Vital statistics of India. Vol. VI, European troops 1870-79
Year: 1870
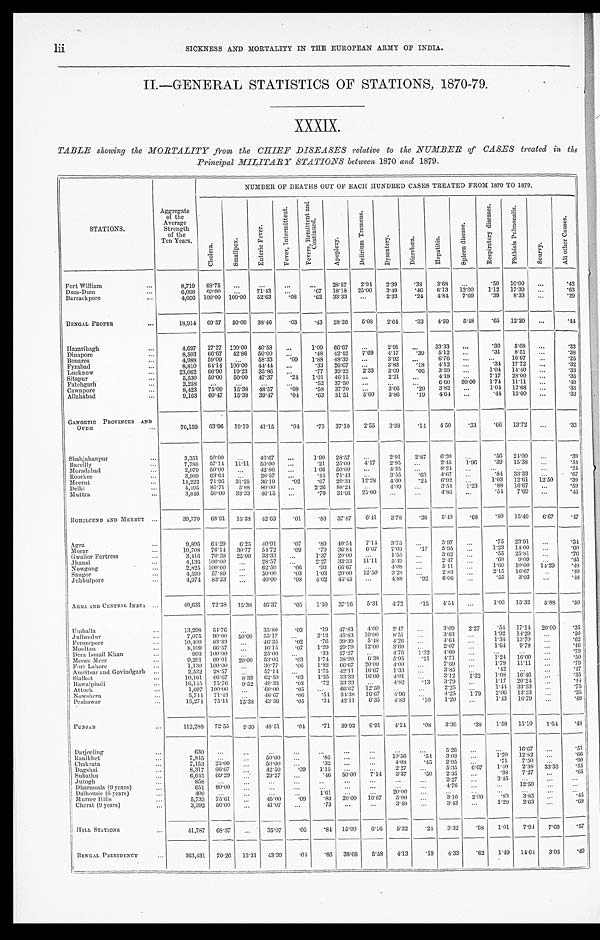
lii
SICKNESS AND MORTALITY IN THE EUROPEAN ARMY OF INDIA.
II.—GENERAL STATISTICS OF STATIONS, 1870-79.
XXXIX.
TABLE showing the MORTALITY from the CHIEF DISEASES relative to the NUMBER of CASES treated in the
Principal MILITARY STATIONS between 1870 and 1879.
STATIONS.
Aggregate
of the
Average
Strength
of the
Ten Years.
NUMBER OF DEATHS OUT OF EACH HUNDRED CASES TREATED FROM 1870 TO 1879.
C h o l e r a .
S m a l l p o x .
E n t e r i c F e v e r .
F e v e r , I n t e r m i t t e n t .
F e v e r s , R e m i t t e n t a n d C o n t i n u e d .
A p o p l e x y .
D e l i r i u m T r e m e n s .
D y s e n t e r y .
D i a r r h œ a .
H e p a t i t i s .
S p l e e n d i s e a s e .
R e s p i r a t o r y d i s e a s e s .
P h t h i s i s d i s e a s e s .
S c u r v y .
A l l o t h e r C a u s e s .
Fort William . . .
8,719
68.75
. . .
. . .
. . .
. . . 28.57
2.94
2.39
.38
3.68
. . .
.50
10.00
. . .
.42
Dum-Dum . . .
6,068
60.00
. . .
71.43
. . .
. 6 7 18.18
25.00
3.49
.46
6.13
12.00
1.12
17.39
. . .
.63
Barrackpore . . .
4,056 100.00 100.00
52.63
. 0 8
. 6 2 33.33
. . .
2.33
.24
4.84
7.69
.39
8.33
. . .
.29
BENGAL PROPER . . .
18,914
69.57
50.00
38.46
. 0 3
. 4 3 28.26
5. 08
2.64
.33
4.59
5.48
.65
12.20
. . .
. 4 4
Hazaribagh. . .
4,697
27.27 100.00
40.58
. . .
1.09
66.67
. . .
2.91
. . .
33.33
. . .
. 3 6
5 . 6 8
. . .
.33
Dinapore . . .
8,503
66.67
42.86
50.00
. . .
.48
42.42
7.69
4.17
.39
5.12
. . .
. 3 1
8 . 5 1
. . .
.38
Benares. . .
4,988
59.09
. . .
58.33
. 0 9 1.88
48.39
. . .
3.92
. . .
6.76
. . .
. . .
1 6 . 6 7
. . .
.25
Fyzabad . . .
8,810
64.14 100.00
44.44
. . .
.33
26.67
. . .
3.83
.18
4.12
. . .
. 3 4
1 7 . 7 2
. . .
. 32
Lucknow . . .
23,062
66.90
19.23
35.86
. . .
.77
39.22
2.33
3.09
.06
3.59
. . .
1.04
14.40
. . .
.33
Sitapur. . .
5,530
50.00
50.00
47.37
.24
1.01
46.15
. . .
2.21
. . .
4.18
. . .
7.17
28.00
. . .
.35
Fatehgarh . . .
2,258
. . .
. . .
. . .
. . .
.52
37.50
. . .
. . .
. . .
6.60
50.00
1.74
11.11
. . .
.49
Cawnpore . . .
8,423
75.00
15.38
48.57
. 0 8
.58
37.70
. . .
3.66
.20
3.82
. . .
1.04
12.68
. . .
.35
Allahabad . . .
9,163
60.47
15.38
39.47
.04
.63
31.51
5.00
3.86
.19
4.64
. . .
.44
15.00
. . .
.33
GANGETICPROVINCESAND
OUDH. . .
76,159
63.96
19.19
41.15
.04
.73
37.10
2.55
3.38
.14
4.50
.33
.66
13.72
. . .
.33
Shahjahanpur . . .
3,351
50.00
. . .
46.67
. . .
1.90
28.57
. . .
2.91
2.87
6.20
. . .
. 5 6 24.00
. . .
.39
Barcilly . . .
7,788
57.14
11.11
50.00
. . .
.21
25.00
4. 17
2.95
. . .
2.45
1.96
. 3 9 15.38
. . .
.54
Moradabad . . .
2,079
50.00
. . .
42.86
. . .
1.66
50.00
. . .
4.35
. . .
8.24
. . .
. . .
. . .
. . .
.24
Roorkee . . .
3,989
63.64
. . .
28.57
. . .
.44
71.43
. . .
3.55
.63
4.67
. . .
. 8 4 33.33
. . .
.67
Meerut . . .
14,222
71.95
31.25
36.19
.02
.67
29.33
12.28
4 . 6 0
.24
6 . 9 2
. . .
1.03
12.61
12.50
.39
Delhi . . .
4,495
85.71
5.88
80.00
. . .
2.26
88.24
. . .
4 . 0 9
. . .
3.54
1.23
. 8 8 16.67
. . .
.59
Muttra . . .
3,846
50.00
33.33
46.15
. . .
.70
31.91
25.00
. . .
. . .
4.86
. . .
. 5 4 7.69
. . .
.46
ROHILCUND AND MEERUT. . .
39,770
68.91
15.38
42.63
.01
.83
37.87
6 . 4 1
3.78
.36
5.40
. 6 8
. 8 0 15.49
6.67
.47
Agra . . .
9,896
64.29
6 . 2 5
40.91
.07
.89
40.54
7.14
3.75
. . . 3.97
. . .
.75
2 3 . 9 1
. . .
.34
Morar . . .
10,708
76.14
30.77
54.72
.09
.79
36.84
6. 67
7.03
. 1 7 5.95
. . .
1.23
14.00
. . .
.60
Gwalior Fortress . . .
3,416
70.59
25.00
33.33
. . .
1.37
20.00
. . .
1.55
. . .
3.62
. . .
.55
25.81
. . .
.76
J ha ns i . . .
4,136 100.00
. . .
28.57
. . .
2.27
33.33
11.11
5.49
. . .
2.47
. . .
.68
9.09
. . .
.45
Nowgong . . .
2,825 100.00
. . .
62.50
.06
.93
66.67
. . .
4.08
. . .
5.11
. . .
1.60
10.00
14.29
.48
Saugor . . .
4,590
57.89
. . .
50.00
.03
1.03
20.00
12.50
3.28
. . .
2.83
. . .
2.15
16.67
. . .
.49
Jubbulpore . . .
4,974
83.33
. . .
40.00
.08
4.02
45.45
. . .
4.88
. 9 2 6.06
. . .
.55
3.03
. . .
.48
AGRA AND CENTRAL INDIA. . .
40,631
72.38
15.38
46.37
.05
1.10
37.16
5.31
4 . 7 2
. 1 5 4.54
. . .
1.03
15.32
5.88
.50
Umballla. . .
13,298
54.76
. . .
35.80
.03
. 1 9 47.83
4. 00
2.47
. . .
3.09
2.27
. 5 4 17.14
20.00
.35
Jullundur. . .
7,075
90.00
50.00
55.17
. . .
2.12
45.83
10.00
8.51
. . .
3.63 . . .
1.92
14.29
. . .
.50
Fe r oz e por e . . .
10,400
83.33
. . .
46.35
.02
.76
39.39
5.48
4.26
. . .
4.64
. . .
1.34
13.70
. . .
.62
Mooltan . . .
8,109
66.57
. . .
46.15
.07
1.29
29.79
12.00
3.69
. . .
2.07
. . .
1.64
9. 78
. . .
.46
Dera Ismail Khan . . .
993 100.00
. . .
25.00
. . .
.33
27.27
. . .
4.76
1.32
4.00
. . .
. . .
. . .
. . .
.79
Meean Meer . . .
9,291
69.01
20.00
53.06
.03
1.74
38.20
6.38
5.95
.21
4.71
. . .
1.21
16.00
. . .
.50
Fort Lahore . . .
1,130 100.00
. . .
30.77
.06
1.82
66.67
20.00
4.00
. . .
7.69
. . .
1.79
11.11
. . .
.79
Amritsar and Govindgarh . . .
2,532
28.57
. . .
57.14
. . .
1.75
42.11
16.67
1.33
. . .
3.85
. . .
.42
. . .
. . .
.47
Sialkot . . .
10,161
66.67
8 . 3 3
62.50
.03
1.35
33.33
16.00
4.01
. . .
3.12
1.32
1.08
16.46
. . .
.35
Rawal pi ndi . . .
16,145
75.76
9.52
49.33
.03
.72
33.33
. . .
4.82
.13
3.79
. . .
1.17
20.24
. . .
.44
Attock . . .
1,697 100.00
. . .
60.00
.05
. . .
66.67
12.50
. . .
. . .
2.25
. . .
1.44
33.33
. . .
.75
Nowshera . . .
5,744
71.43
. . .
46.67
. 0 6
. 5 4 34.38
16.67
4.96
. . .
4.25
1.79
2.06
13.33
. . .
.35
Peshawar . . .
15,274
75.11
1 5 . 3 8
43.56
.05
.34
42.11
6. 35
4.83
.10
1.20
. . .
1.43
16.79
. . .
.49
PUNJAB . . .
112,288
72.55
9.30
48.51
.04
.71
39.93
6.91
4.24
. 0 8
3.36
.38
1.58
15.10
1.64
.48
Darjeeling . . .
630
. . .
. . .
. . .
. . .
. . .
. . .
. . .
. . .
. . .
5.26
. . .
. . . 16.67
. . .
. 5 1
Ranikhet . . .
7,845
. . .
. . .
50.00
. . .
.85
. . . . . .
10.56
.54
3.03
. . .
1.70
12.82
. . .
. 6 6
Chakrata . . .
7,153
25.00
. . .
50.00
. . .
. 3 2
. . . . . .
4. 08
.45
2.95
. . .
. 7 1 7.50
. . .
. 9 0
Dagshai . . .
8,317
66.67
. . .
42.50
. 0 9 1.15
. . .
. . .
2.27
. . .
5.35
6 . 6 7
1.40
2.38
33.33
. 5 5
Subathu . . .
6,645
69.29
. . .
29.27
. . .
.46
50.00
7.14
3.37
.50
2.35
. . .
. 3 8 7.27
. . .
. 6 5
Jutogh . . .
858
. . .
. . .
. . .
. . .
. . .
. . .
. . .
. . .
. . .
2.27
. . .
3.45
. . .
. . .
. . .
Dharmsala (9 years) . . .
651
8 0 . 0 0
. . .
. . .
. . .
. . .
. . .
. . .
. . .
. . .
4.76
. . .
. . . 12.50
. . .
. . .
Dalhousie (6 years) . . .
400
. . .
. . .
. . .
. . .
1.61
. . .
. . .
20.00
. . .
. . .
. . .
. . .
. . .
. . .
. . .
Murree Hills . . .
5,733
75.61
. . .
45.00
. 0 9
.83
20.00
16.67
5.00
. . .
3.10
2.00
. 8 3 3.85
. . .
. 4 5
Cherat (9 years) . . .
3,392
50.00
. . .
41.07
. . .
. 7 3
. . .
. . .
3.48
. . .
3 . 4 3
. . .
1.29
2.63
. . .
. 6 9
HILL STATIONS . . .
4 1 , 7 8 7 68.37
. . . 35.07
. 0 5
.84
15.00
6 . 1 6
5.32
. 2 4
3.32
.98
1 . 0 1
7.94
7.69
. 5 7
BENGAL PRESIDENCY . . .
363,431
70.26
15.31
43.39
.04
.86
38.66
5.58
4.13
.19
4.33
.62
1.49
14.64
3.05
. 4 9